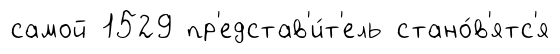
самой 1529 пр'едстав'и́т'ель стано́в'ятс'я